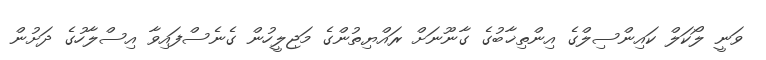
ވަނީ ލޯކަލް ކައިންސިލްގެ އިންތިޚާބުގެ ގާނޫނަށް ރައްޔިތުންގެ މަޖިލީހުން ގެނެސްފައިވާ އިސްލާހުގެ ދަށުން